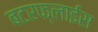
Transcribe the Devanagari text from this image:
बटरफ्लाईस